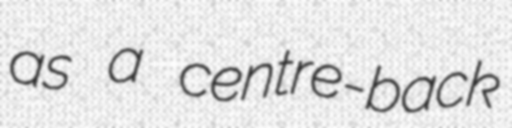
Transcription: as a centre-back